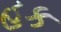
હક